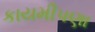
કાયમીપણા